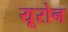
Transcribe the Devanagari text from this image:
यूरोन